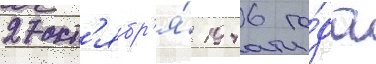
27 окт'ябр'я́ 1946 го́да